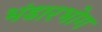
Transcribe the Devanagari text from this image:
भंडारभोग